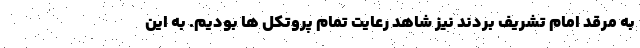
به مرقد امام تشریف بردند نیز شاهد رعایت تمام پروتکل ها بودیم. به این